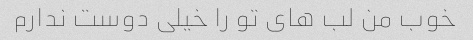
خوب من لب های تو را خیلی دوست ندارم